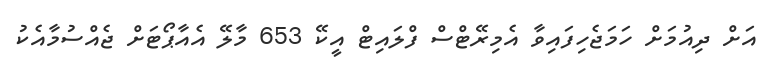
އަށް ދިއުމަށް ހަމަޖެހިފައިވާ އެމިރޭޓްސް ފްލައިޓް އީކޭ 653 މާލޭ އެއާޕޯޓަށް ޖެއްސުމާއެކު